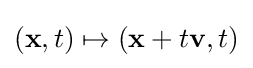
(\mathbf {x} ,t)\mapsto (\mathbf {x} +t\mathbf {v} ,t)